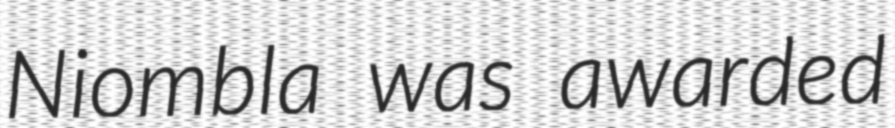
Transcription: Niombla was awarded